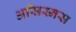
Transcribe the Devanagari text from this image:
असिस्नस